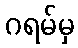
ဂရမ်မှ